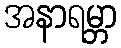
အနာရမ္ဘာ